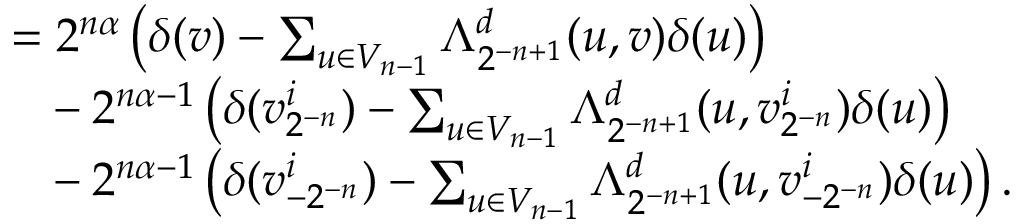
\begin{array} { r l } & { = 2 ^ { n \alpha } \left( \delta ( v ) - \sum _ { u \in V _ { n - 1 } } \Lambda _ { 2 ^ { - n + 1 } } ^ { d } ( u , v ) \delta ( u ) \right) } \\ & { \phantom { = } - 2 ^ { n \alpha - 1 } \left( \delta ( v _ { 2 ^ { - n } } ^ { i } ) - \sum _ { u \in V _ { n - 1 } } \Lambda _ { 2 ^ { - n + 1 } } ^ { d } ( u , v _ { 2 ^ { - n } } ^ { i } ) \delta ( u ) \right) } \\ & { \phantom { = } - 2 ^ { n \alpha - 1 } \left( \delta ( v _ { - 2 ^ { - n } } ^ { i } ) - \sum _ { u \in V _ { n - 1 } } \Lambda _ { 2 ^ { - n + 1 } } ^ { d } ( u , v _ { - 2 ^ { - n } } ^ { i } ) \delta ( u ) \right) \mathrm { . } } \end{array}